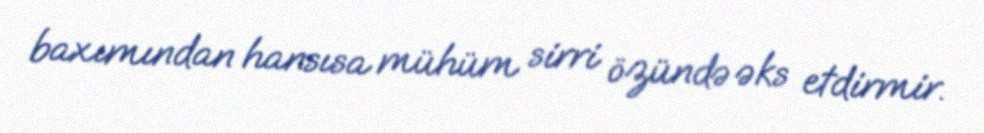
baxımından hansısa mühüm sirri özündə əks etdirmir.